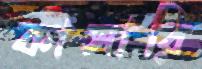
কাসারি